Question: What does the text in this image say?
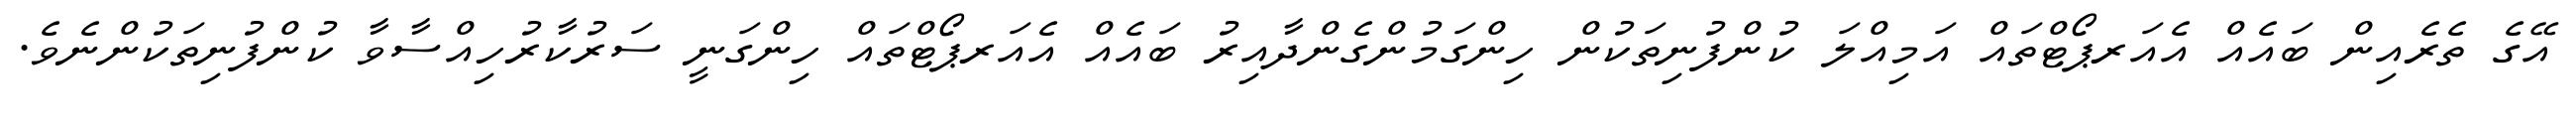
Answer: އޭގެ ތެރެއިން ބައެއް އެއަރޕޯޓްތައް އަމިއްލަ ކުންފުނިތަކުން ހިންގަމުންގެންދާއިރު ބައެއް އެއަރޕޯޓްތައް ހިންގަނީ ސަރުކާރުހިއްސާވާ ކުންފުނިތަކުންނެވެ.